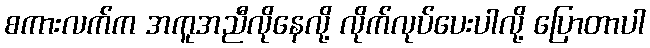
စကားလက်က အကူအညီလိုနေလို့ လိုက်လုပ်ပေးပါလို့ ပြောတာပါ